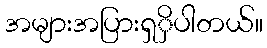
အများအပြားရှှိပါတယ်။